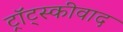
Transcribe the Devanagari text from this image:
ट्रॉट्स्कीवाद